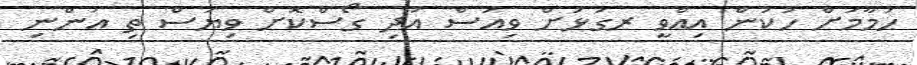
ހުމާމަށް ހުކުން އިއްވީ ރގަޅަށް ވިއަސް އަދި ގޯސްކޮށް ވިޔަސް ތި އަންނި